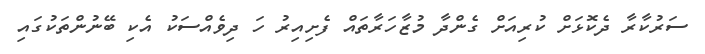
ސަރުކާރާ ދެކޮޅަށް ކުރިއަށް ގެންދާ މުޒާހަރާތައް ފެށިއިރު ހަ ދިވެއްސަކު އެކި ބޭނުންތަކުގައި